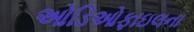
ઓડિઓફાઇલના